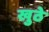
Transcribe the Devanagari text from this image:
खुठे